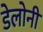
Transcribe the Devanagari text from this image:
डेलोनी